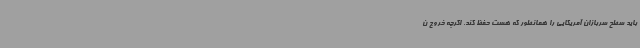
باید سطح سربازان آمریکایی را همانطور که هست حفظ کند. اگرچه خروج ن